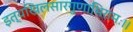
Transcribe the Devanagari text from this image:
इत्यखिलसारगुणाभिरामः।।